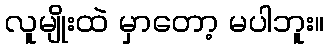
လူမျိုးထဲ မှာတော့ မပါဘူး။